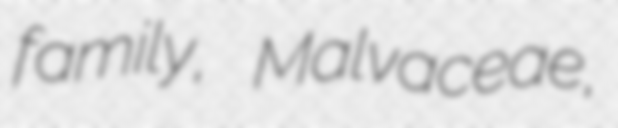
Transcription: family, Malvaceae,